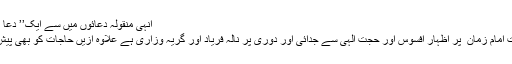
انہی منقولہ دعائوں میں سے ایک’’ دعا ئے ندبہ‘‘ ہے
جس میں غیبت امام زمان ؑ پر اظہار افسوس اور حجت الہی سے جدائی اور دوری پر نالہ فریاد اور گریہ وزاری ہے علاوہ ازیں حاجات کو بھی پیش کیا گیا ہے ۔